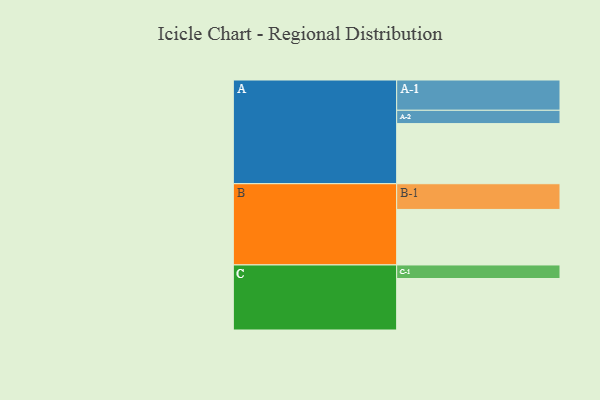
{"axis": {"x": "Segment", "y": "Value"}, "legend": ["", "A", "B", "C"], "data": [{"x": "A", "y": 564, "type": ""}, {"x": "B", "y": 521, "type": ""}, {"x": "C", "y": 483, "type": ""}, {"x": "A-1", "y": 284, "type": "A"}, {"x": "A-2", "y": 125, "type": "A"}, {"x": "B-1", "y": 241, "type": "B"}, {"x": "C-1", "y": 127, "type": "C"}]}